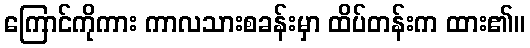
ကြောင်ကိုကား ကာလသားစခန်းမှာ ထိပ်တန်းက ထား၏။